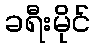
ခရီးမိုင်